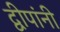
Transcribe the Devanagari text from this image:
द्वीपांनी